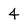
Character: 4